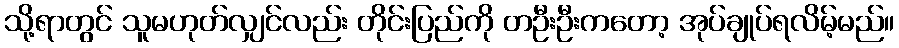
သို့ရာတွင် သူမဟုတ်လျှင်လည်း တိုင်းပြည်ကို တဦးဦးကတော့ အုပ်ချုပ်ရလိမ့်မည်။